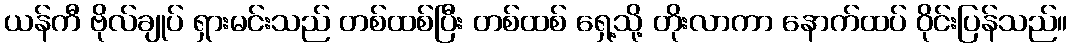
ယန်ကီ ဗိုလ်ချုပ် ရှားမင်းသည် တစ်ထစ်ပြီး တစ်ထစ် ရှေ့သို့ တိုးလာကာ နောက်ထပ် ဝိုင်းပြန်သည်။